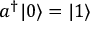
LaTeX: a ^ { \dagger } | 0 \rangle = | 1 \rangle